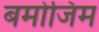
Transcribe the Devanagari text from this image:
बमोजिम